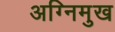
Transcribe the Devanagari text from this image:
अग्निमुख